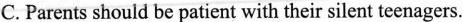
C. Parents should be patient with their silent teenagers.